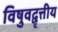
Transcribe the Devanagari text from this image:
विषुवद्वृत्तीय